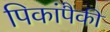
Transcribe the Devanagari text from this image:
पिकांपैकी